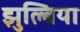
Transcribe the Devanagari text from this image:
झुल्बिया